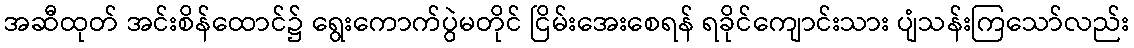
အဆီထုတ် အင်းစိန်ထောင်၌ ရွေးကောက်ပွဲမတိုင် ငြိမ်းအေးစေရန် ရခိုင်ကျောင်းသား ပျံသန်းကြသော်လည်း